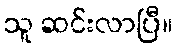
သူ ဆင်းလာပြီ။